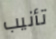
تأنيب